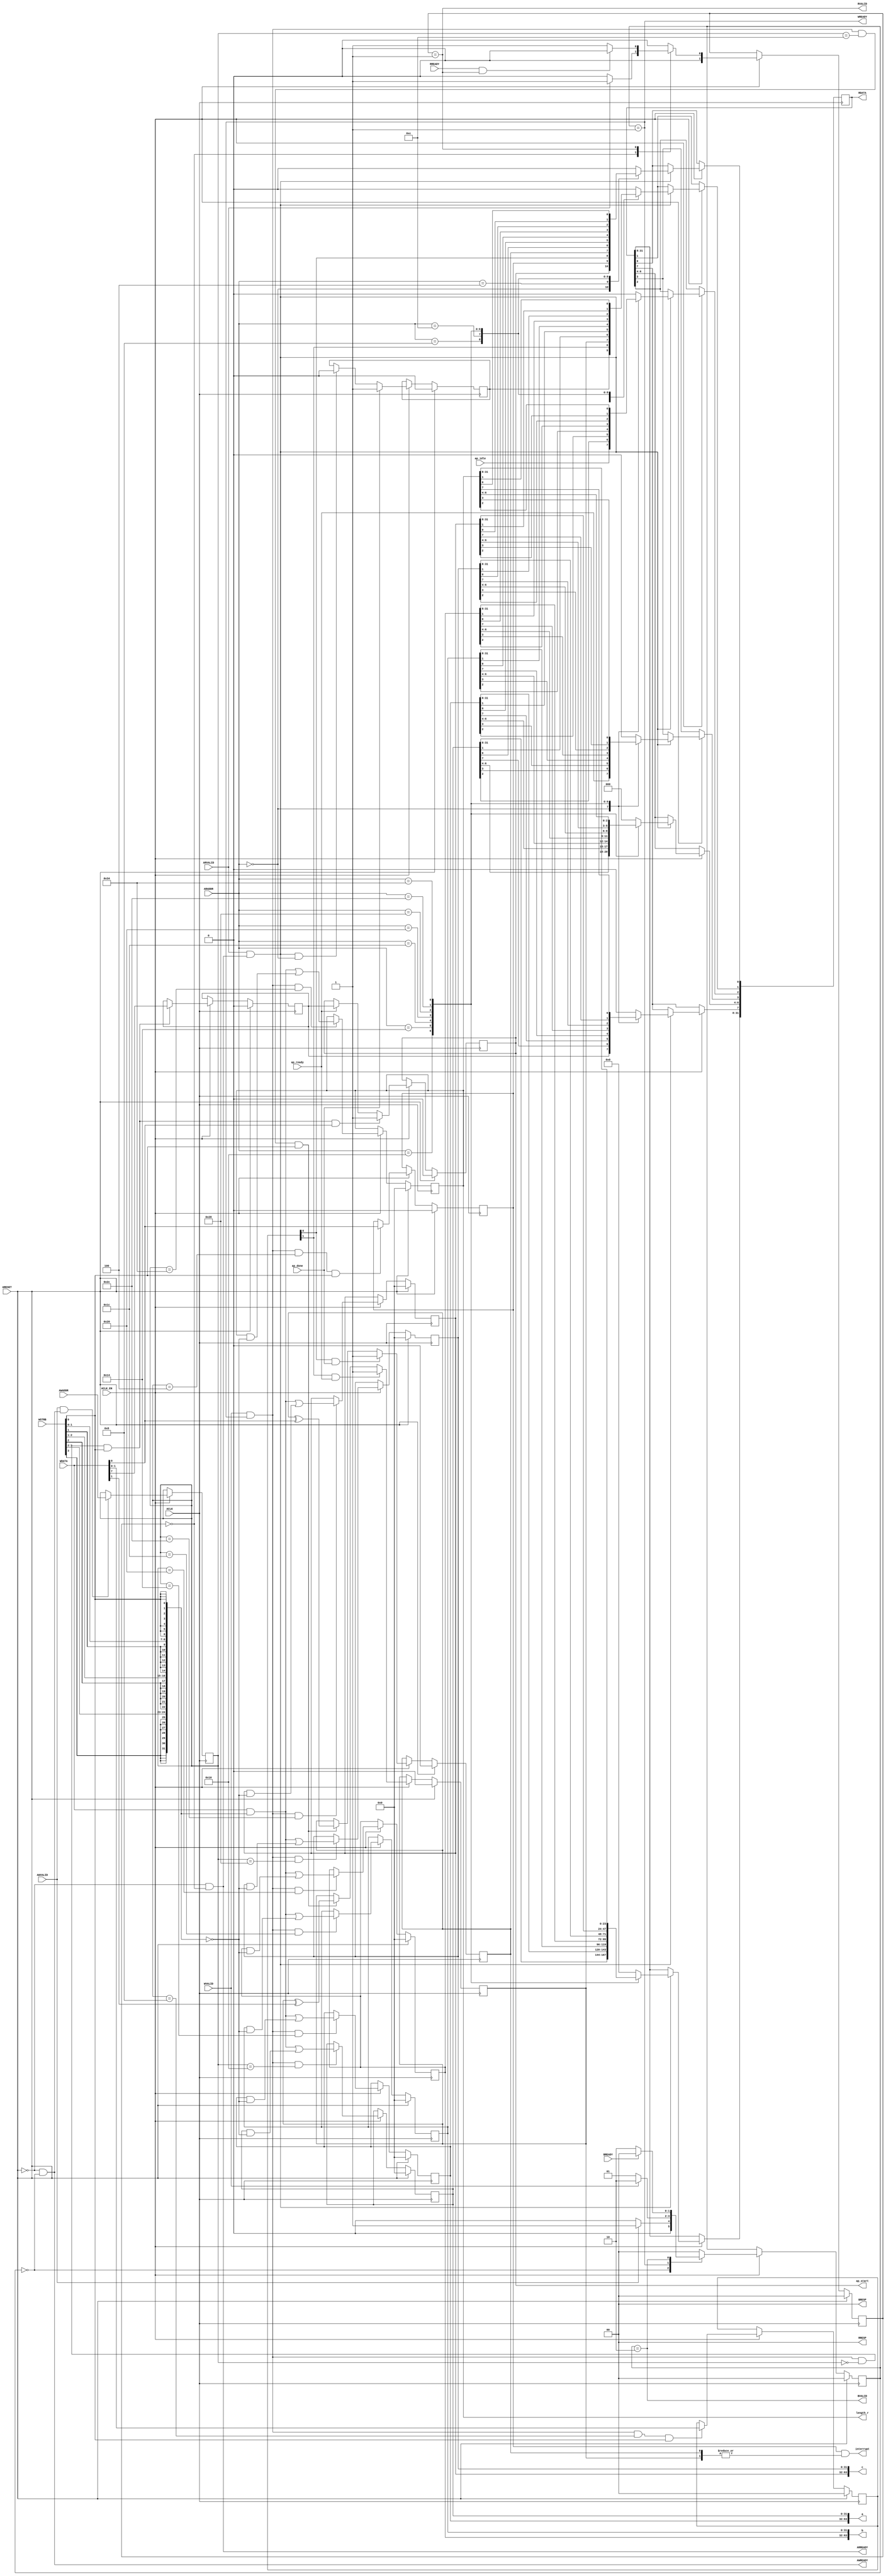
// /*******************************************************************************
// Copyright (c) 2018, Xilinx, Inc.
// All rights reserved.
// 
// Redistribution and use in source and binary forms, with or without modification,
// are permitted provided that the following conditions are met:
// 
// 1. Redistributions of source code must retain the above copyright notice,
// this list of conditions and the following disclaimer.
// 
// 
// 2. Redistributions in binary form must reproduce the above copyright notice,
// this list of conditions and the following disclaimer in the documentation
// and/or other materials provided with the distribution.
// 
// 
// 3. Neither the name of the copyright holder nor the names of its contributors
// may be used to endorse or promote products derived from this software
// without specific prior written permission.
// 
// 
// THIS SOFTWARE IS PROVIDED BY THE COPYRIGHT HOLDERS AND CONTRIBUTORS "AS IS" AND
// ANY EXPRESS OR IMPLIED WARRANTIES, INCLUDING, BUT NOT LIMITED TO,THE IMPLIED 
// WARRANTIES OF MERCHANTABILITY AND FITNESS FOR A PARTICULAR PURPOSE ARE DISCLAIMED.
// IN NO EVENT SHALL THE COPYRIGHT HOLDER OR CONTRIBUTORS BE LIABLE FOR ANY DIRECT, 
// INDIRECT, INCIDENTAL, SPECIAL, EXEMPLARY, OR CONSEQUENTIAL DAMAGES (INCLUDING, 
// BUT NOT LIMITED TO, PROCUREMENT OF SUBSTITUTE GOODS OR SERVICES; LOSS OF USE, 
// DATA, OR PROFITS; OR BUSINESS INTERRUPTION) HOWEVER CAUSED AND ON ANY THEORY 
// OF LIABILITY, WHETHER IN CONTRACT, STRICT LIABILITY, OR TORT (INCLUDING 
// NEGLIGENCE OR OTHERWISE) ARISING IN ANY WAY OUT OF THE USE OF THIS SOFTWARE,
// EVEN IF ADVISED OF THE POSSIBILITY OF SUCH DAMAGE.
//
// *******************************************************************************/

`timescale 1ns/1ps
module krnl_vadd_rtl_control_s_axi
#(parameter
    C_S_AXI_ADDR_WIDTH = 6,
    C_S_AXI_DATA_WIDTH = 32
)(
    // axi4 lite slave signals
    input  wire                          ACLK,
    input  wire                          ARESET,
    input  wire                          ACLK_EN,
    input  wire [C_S_AXI_ADDR_WIDTH-1:0] AWADDR,
    input  wire                          AWVALID,
    output wire                          AWREADY,
    input  wire [C_S_AXI_DATA_WIDTH-1:0] WDATA,
    input  wire [C_S_AXI_DATA_WIDTH/8-1:0] WSTRB,
    input  wire                          WVALID,
    output wire                          WREADY,
    output wire [1:0]                    BRESP,
    output wire                          BVALID,
    input  wire                          BREADY,
    input  wire [C_S_AXI_ADDR_WIDTH-1:0] ARADDR,
    input  wire                          ARVALID,
    output wire                          ARREADY,
    output wire [C_S_AXI_DATA_WIDTH-1:0] RDATA,
    output wire [1:0]                    RRESP,
    output wire                          RVALID,
    input  wire                          RREADY,
    output wire                          interrupt,
    // user signals
    output wire                          ap_start,
    input  wire                          ap_done,
    input  wire                          ap_ready,
    input  wire                          ap_idle,
    output wire [63:0]                   a,
    output wire [63:0]                   b,
    output wire [63:0]                   c,
    output wire [31:0]                   length_r
);
//------------------------Address Info-------------------
// 0x00 : Control signals
//        bit 0  - ap_start (Read/Write/COH)
//        bit 1  - ap_done (Read/COR)
//        bit 2  - ap_idle (Read)
//        bit 3  - ap_ready (Read)
//        bit 7  - auto_restart (Read/Write)
//        others - reserved
// 0x04 : Global Interrupt Enable Register
//        bit 0  - Global Interrupt Enable (Read/Write)
//        others - reserved
// 0x08 : IP Interrupt Enable Register (Read/Write)
//        bit 0  - Channel 0 (ap_done)
//        bit 1  - Channel 1 (ap_ready)
//        others - reserved
// 0x0c : IP Interrupt Status Register (Read/TOW)
//        bit 0  - Channel 0 (ap_done)
//        bit 1  - Channel 1 (ap_ready)
//        others - reserved
// 0x10 : Data signal of a
//        bit 31~0 - a[31:0] (Read/Write)
// 0x14 : Data signal of a
//        bit 31~0 - a[63:32] (Read/Write)
// 0x18 : reserved
// 0x1c : Data signal of b
//        bit 31~0 - b[31:0] (Read/Write)
// 0x20 : Data signal of b
//        bit 31~0 - b[63:32] (Read/Write)
// 0x24 : reserved
// 0x28 : Data signal of c
//        bit 31~0 - c[31:0] (Read/Write)
// 0x2c : Data signal of c
//        bit 31~0 - c[63:32] (Read/Write)
// 0x30 : reserved
// 0x34 : Data signal of length_r
//        bit 31~0 - length_r[31:0] (Read/Write)
// 0x38 : reserved
// (SC = Self Clear, COR = Clear on Read, TOW = Toggle on Write, COH = Clear on Handshake)

//------------------------Parameter----------------------
localparam
    ADDR_AP_CTRL         = 6'h00,
    ADDR_GIE             = 6'h04,
    ADDR_IER             = 6'h08,
    ADDR_ISR             = 6'h0c,
    ADDR_A_DATA_0        = 6'h10,
    ADDR_A_DATA_1        = 6'h14,
    ADDR_A_CTRL          = 6'h18,
    ADDR_B_DATA_0        = 6'h1c,
    ADDR_B_DATA_1        = 6'h20,
    ADDR_B_CTRL          = 6'h24,
    ADDR_C_DATA_0        = 6'h28,
    ADDR_C_DATA_1        = 6'h2c,
    ADDR_C_CTRL          = 6'h30,
    ADDR_LENGTH_R_DATA_0 = 6'h34,
    ADDR_LENGTH_R_CTRL   = 6'h38,
    WRIDLE               = 2'd0,
    WRDATA               = 2'd1,
    WRRESP               = 2'd2,
    RDIDLE               = 2'd0,
    RDDATA               = 2'd1,
    ADDR_BITS         = 6;

//------------------------Local signal-------------------
    reg  [1:0]                    wstate = WRIDLE;
    reg  [1:0]                    wnext;
    reg  [ADDR_BITS-1:0]          waddr;
    wire [31:0]                   wmask;
    wire                          aw_hs;
    wire                          w_hs;
    reg  [1:0]                    rstate = RDIDLE;
    reg  [1:0]                    rnext;
    reg  [31:0]                   rdata;
    wire                          ar_hs;
    wire [ADDR_BITS-1:0]          raddr;
    // internal registers
    wire                          int_ap_idle;
    wire                          int_ap_ready;
    reg                           int_ap_done = 1'b0;
    reg                           int_ap_start = 1'b0;
    reg                           int_auto_restart = 1'b0;
    reg                           int_gie = 2'b0;
    reg  [1:0]                    int_ier = 2'b0;
    reg  [1:0]                    int_isr = 2'b0;
    reg  [63:0]                   int_a = 64'b0;
    reg  [63:0]                   int_b = 64'b0;
    reg  [63:0]                   int_c = 64'b0;
    reg  [31:0]                   int_length_r = 32'b0;

//------------------------Instantiation------------------

//------------------------AXI write fsm------------------
assign AWREADY = (~ARESET) & (wstate == WRIDLE);
assign WREADY  = (wstate == WRDATA);
assign BRESP   = 2'b00;  // OKAY
assign BVALID  = (wstate == WRRESP);
assign wmask   = { {8{WSTRB[3]}}, {8{WSTRB[2]}}, {8{WSTRB[1]}}, {8{WSTRB[0]}} };
assign aw_hs   = AWVALID & AWREADY;
assign w_hs    = WVALID & WREADY;

// wstate
always @(posedge ACLK) begin
    if (ARESET)
        wstate <= WRIDLE;
    else if (ACLK_EN)
        wstate <= wnext;
end

// wnext
always @(*) begin
    case (wstate)
        WRIDLE:
            if (AWVALID)
                wnext = WRDATA;
            else
                wnext = WRIDLE;
        WRDATA:
            if (WVALID)
                wnext = WRRESP;
            else
                wnext = WRDATA;
        WRRESP:
            if (BREADY)
                wnext = WRIDLE;
            else
                wnext = WRRESP;
        default:
            wnext = WRIDLE;
    endcase
end

// waddr
always @(posedge ACLK) begin
    if (ACLK_EN) begin
        if (aw_hs)
            waddr <= AWADDR[ADDR_BITS-1:0];
    end
end

//------------------------AXI read fsm-------------------
assign ARREADY = (~ARESET) && (rstate == RDIDLE);
assign RDATA   = rdata;
assign RRESP   = 2'b00;  // OKAY
assign RVALID  = (rstate == RDDATA);
assign ar_hs   = ARVALID & ARREADY;
assign raddr   = ARADDR[ADDR_BITS-1:0];

// rstate
always @(posedge ACLK) begin
    if (ARESET)
        rstate <= RDIDLE;
    else if (ACLK_EN)
        rstate <= rnext;
end

// rnext
always @(*) begin
    case (rstate)
        RDIDLE:
            if (ARVALID)
                rnext = RDDATA;
            else
                rnext = RDIDLE;
        RDDATA:
            if (RREADY & RVALID)
                rnext = RDIDLE;
            else
                rnext = RDDATA;
        default:
            rnext = RDIDLE;
    endcase
end

// rdata
always @(posedge ACLK) begin
    if (ACLK_EN) begin
        if (ar_hs) begin
            rdata <= 1'b0;
            case (raddr)
                ADDR_AP_CTRL: begin
                    rdata[0] <= int_ap_start;
                    rdata[1] <= int_ap_done;
                    rdata[2] <= int_ap_idle;
                    rdata[3] <= int_ap_ready;
                    rdata[7] <= int_auto_restart;
                end
                ADDR_GIE: begin
                    rdata <= int_gie;
                end
                ADDR_IER: begin
                    rdata <= int_ier;
                end
                ADDR_ISR: begin
                    rdata <= int_isr;
                end
                ADDR_A_DATA_0: begin
                    rdata <= int_a[31:0];
                end
                ADDR_A_DATA_1: begin
                    rdata <= int_a[63:32];
                end
                ADDR_B_DATA_0: begin
                    rdata <= int_b[31:0];
                end
                ADDR_B_DATA_1: begin
                    rdata <= int_b[63:32];
                end
                ADDR_C_DATA_0: begin
                    rdata <= int_c[31:0];
                end
                ADDR_C_DATA_1: begin
                    rdata <= int_c[63:32];
                end
                ADDR_LENGTH_R_DATA_0: begin
                    rdata <= int_length_r[31:0];
                end
            endcase
        end
    end
end


//------------------------Register logic-----------------
assign interrupt    = int_gie & (|int_isr);
assign ap_start     = int_ap_start;
assign int_ap_idle  = ap_idle;
assign int_ap_ready = ap_ready;
assign a            = int_a;
assign b            = int_b;
assign c            = int_c;
assign length_r     = int_length_r;
// int_ap_start
always @(posedge ACLK) begin
    if (ARESET)
        int_ap_start <= 1'b0;
    else if (ACLK_EN) begin
        if (w_hs && waddr == ADDR_AP_CTRL && WSTRB[0] && WDATA[0])
            int_ap_start <= 1'b1;
        else if (int_ap_ready)
            int_ap_start <= int_auto_restart; // clear on handshake/auto restart
    end
end

// int_ap_done
always @(posedge ACLK) begin
    if (ARESET)
        int_ap_done <= 1'b0;
    else if (ACLK_EN) begin
        if (ap_done)
            int_ap_done <= 1'b1;
        else if (ar_hs && raddr == ADDR_AP_CTRL)
            int_ap_done <= 1'b0; // clear on read
    end
end

// int_auto_restart
always @(posedge ACLK) begin
    if (ARESET)
        int_auto_restart <= 1'b0;
    else if (ACLK_EN) begin
        if (w_hs && waddr == ADDR_AP_CTRL && WSTRB[0])
            int_auto_restart <=  WDATA[7];
    end
end

// int_gie
always @(posedge ACLK) begin
    if (ARESET)
        int_gie <= 1'b0;
    else if (ACLK_EN) begin
        if (w_hs && waddr == ADDR_GIE && WSTRB[0])
            int_gie <= WDATA[0];
    end
end

// int_ier
always @(posedge ACLK) begin
    if (ARESET)
        int_ier <= 1'b0;
    else if (ACLK_EN) begin
        if (w_hs && waddr == ADDR_IER && WSTRB[0])
            int_ier <= WDATA[1:0];
    end
end

// int_isr[0]
always @(posedge ACLK) begin
    if (ARESET)
        int_isr[0] <= 1'b0;
    else if (ACLK_EN) begin
        if (int_ier[0] & ap_done)
            int_isr[0] <= 1'b1;
        else if (w_hs && waddr == ADDR_ISR && WSTRB[0])
            int_isr[0] <= int_isr[0] ^ WDATA[0]; // toggle on write
    end
end

// int_isr[1]
always @(posedge ACLK) begin
    if (ARESET)
        int_isr[1] <= 1'b0;
    else if (ACLK_EN) begin
        if (int_ier[1] & ap_ready)
            int_isr[1] <= 1'b1;
        else if (w_hs && waddr == ADDR_ISR && WSTRB[0])
            int_isr[1] <= int_isr[1] ^ WDATA[1]; // toggle on write
    end
end

// int_a[31:0]
always @(posedge ACLK) begin
    if (ARESET)
        int_a[31:0] <= 0;
    else if (ACLK_EN) begin
        if (w_hs && waddr == ADDR_A_DATA_0)
            int_a[31:0] <= (WDATA[31:0] & wmask) | (int_a[31:0] & ~wmask);
    end
end

// int_a[63:32]
always @(posedge ACLK) begin
    if (ARESET)
        int_a[63:32] <= 0;
    else if (ACLK_EN) begin
        if (w_hs && waddr == ADDR_A_DATA_1)
            int_a[63:32] <= (WDATA[31:0] & wmask) | (int_a[63:32] & ~wmask);
    end
end

// int_b[31:0]
always @(posedge ACLK) begin
    if (ARESET)
        int_b[31:0] <= 0;
    else if (ACLK_EN) begin
        if (w_hs && waddr == ADDR_B_DATA_0)
            int_b[31:0] <= (WDATA[31:0] & wmask) | (int_b[31:0] & ~wmask);
    end
end

// int_b[63:32]
always @(posedge ACLK) begin
    if (ARESET)
        int_b[63:32] <= 0;
    else if (ACLK_EN) begin
        if (w_hs && waddr == ADDR_B_DATA_1)
            int_b[63:32] <= (WDATA[31:0] & wmask) | (int_b[63:32] & ~wmask);
    end
end

// int_c[31:0]
always @(posedge ACLK) begin
    if (ARESET)
        int_c[31:0] <= 0;
    else if (ACLK_EN) begin
        if (w_hs && waddr == ADDR_C_DATA_0)
            int_c[31:0] <= (WDATA[31:0] & wmask) | (int_c[31:0] & ~wmask);
    end
end

// int_c[63:32]
always @(posedge ACLK) begin
    if (ARESET)
        int_c[63:32] <= 0;
    else if (ACLK_EN) begin
        if (w_hs && waddr == ADDR_C_DATA_1)
            int_c[63:32] <= (WDATA[31:0] & wmask) | (int_c[63:32] & ~wmask);
    end
end

// int_length_r[31:0]
always @(posedge ACLK) begin
    if (ARESET)
        int_length_r[31:0] <= 0;
    else if (ACLK_EN) begin
        if (w_hs && waddr == ADDR_LENGTH_R_DATA_0)
            int_length_r[31:0] <= (WDATA[31:0] & wmask) | (int_length_r[31:0] & ~wmask);
    end
end


//------------------------Memory logic-------------------

endmodule